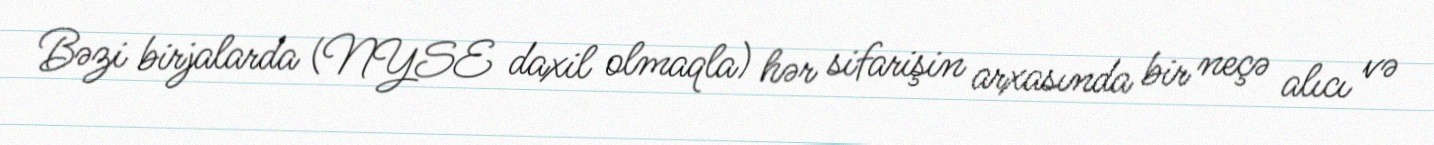
Bəzi birjalarda (NYSE daxil olmaqla) hər sifarişin arxasında bir neçə alıcı və